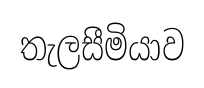
තැලසීමියාව